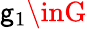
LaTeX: \mathsf{g}_{1}\inG